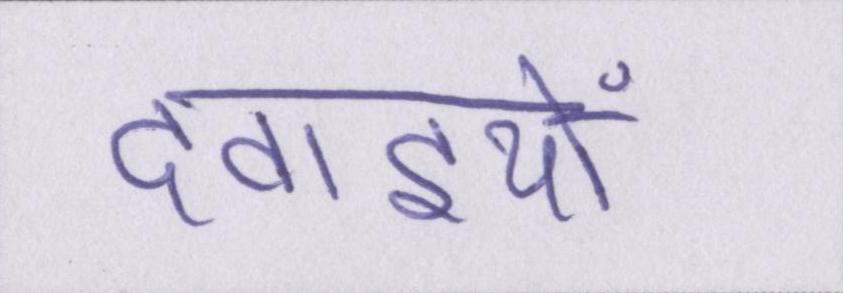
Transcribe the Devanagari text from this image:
दवाइयों